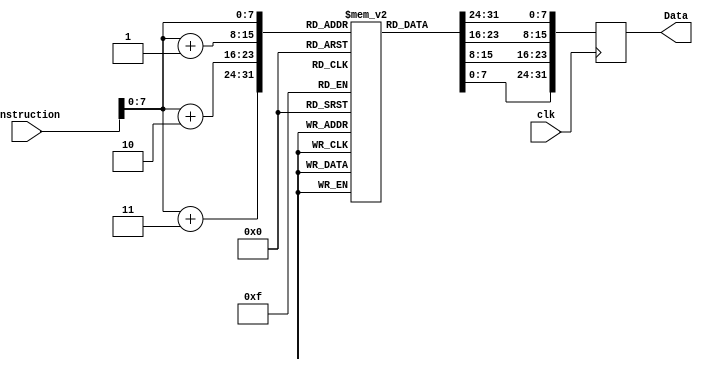
`timescale 1ns / 1ps
//////////////////////////////////////////////////////////////////////////////////
// Company: 
// Engineer: 
// Design Name: 
// Module Name:    Instruction_Memory 
// Project Name:
// Description:
//////////////////////////////////////////////////////////////////////////////////
module Instruction_Memory(
	input clk,
	input [31:0] instruction,
	output reg [31:0] Data
    );
	 
	 reg [7:0] memory [255:0]; //for byte addressable
	 //reg [31:0] memory [255:0] //for word addressable
	 //and we would need to initialize each memory index as one 16'b word
	 initial begin
		memory[0] = 8'hD1;
		memory[1] = 8'h18;
		memory[2] = 8'hD1;
		memory[3] = 8'h18;
		memory[4] = 8'h18;
		memory[5] = 8'hD1;
		memory[6] = 8'h18;
		memory[7] = 8'h18;
		memory[8] = 8'hD1;
		memory[9] = 8'h18;
	 end
	 
	 always @ (posedge clk)
		Data <= {memory[instruction], memory[instruction + 1], memory[instruction + 2], memory[instruction + 3]};


endmodule